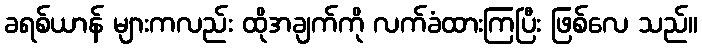
ခရစ်ယာန် များကလည်း ထိုအချက်ကို လက်ခံထားကြပြီး ဖြစ်လေ သည်။